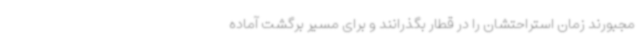
مجبورند زمان استراحتشان را در قطار بگذرانند و برای مسیر برگشت آماده